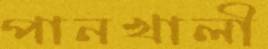
পানখালী